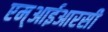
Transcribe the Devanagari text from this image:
एम्आईआरसी